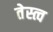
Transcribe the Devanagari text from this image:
तेस्त्व